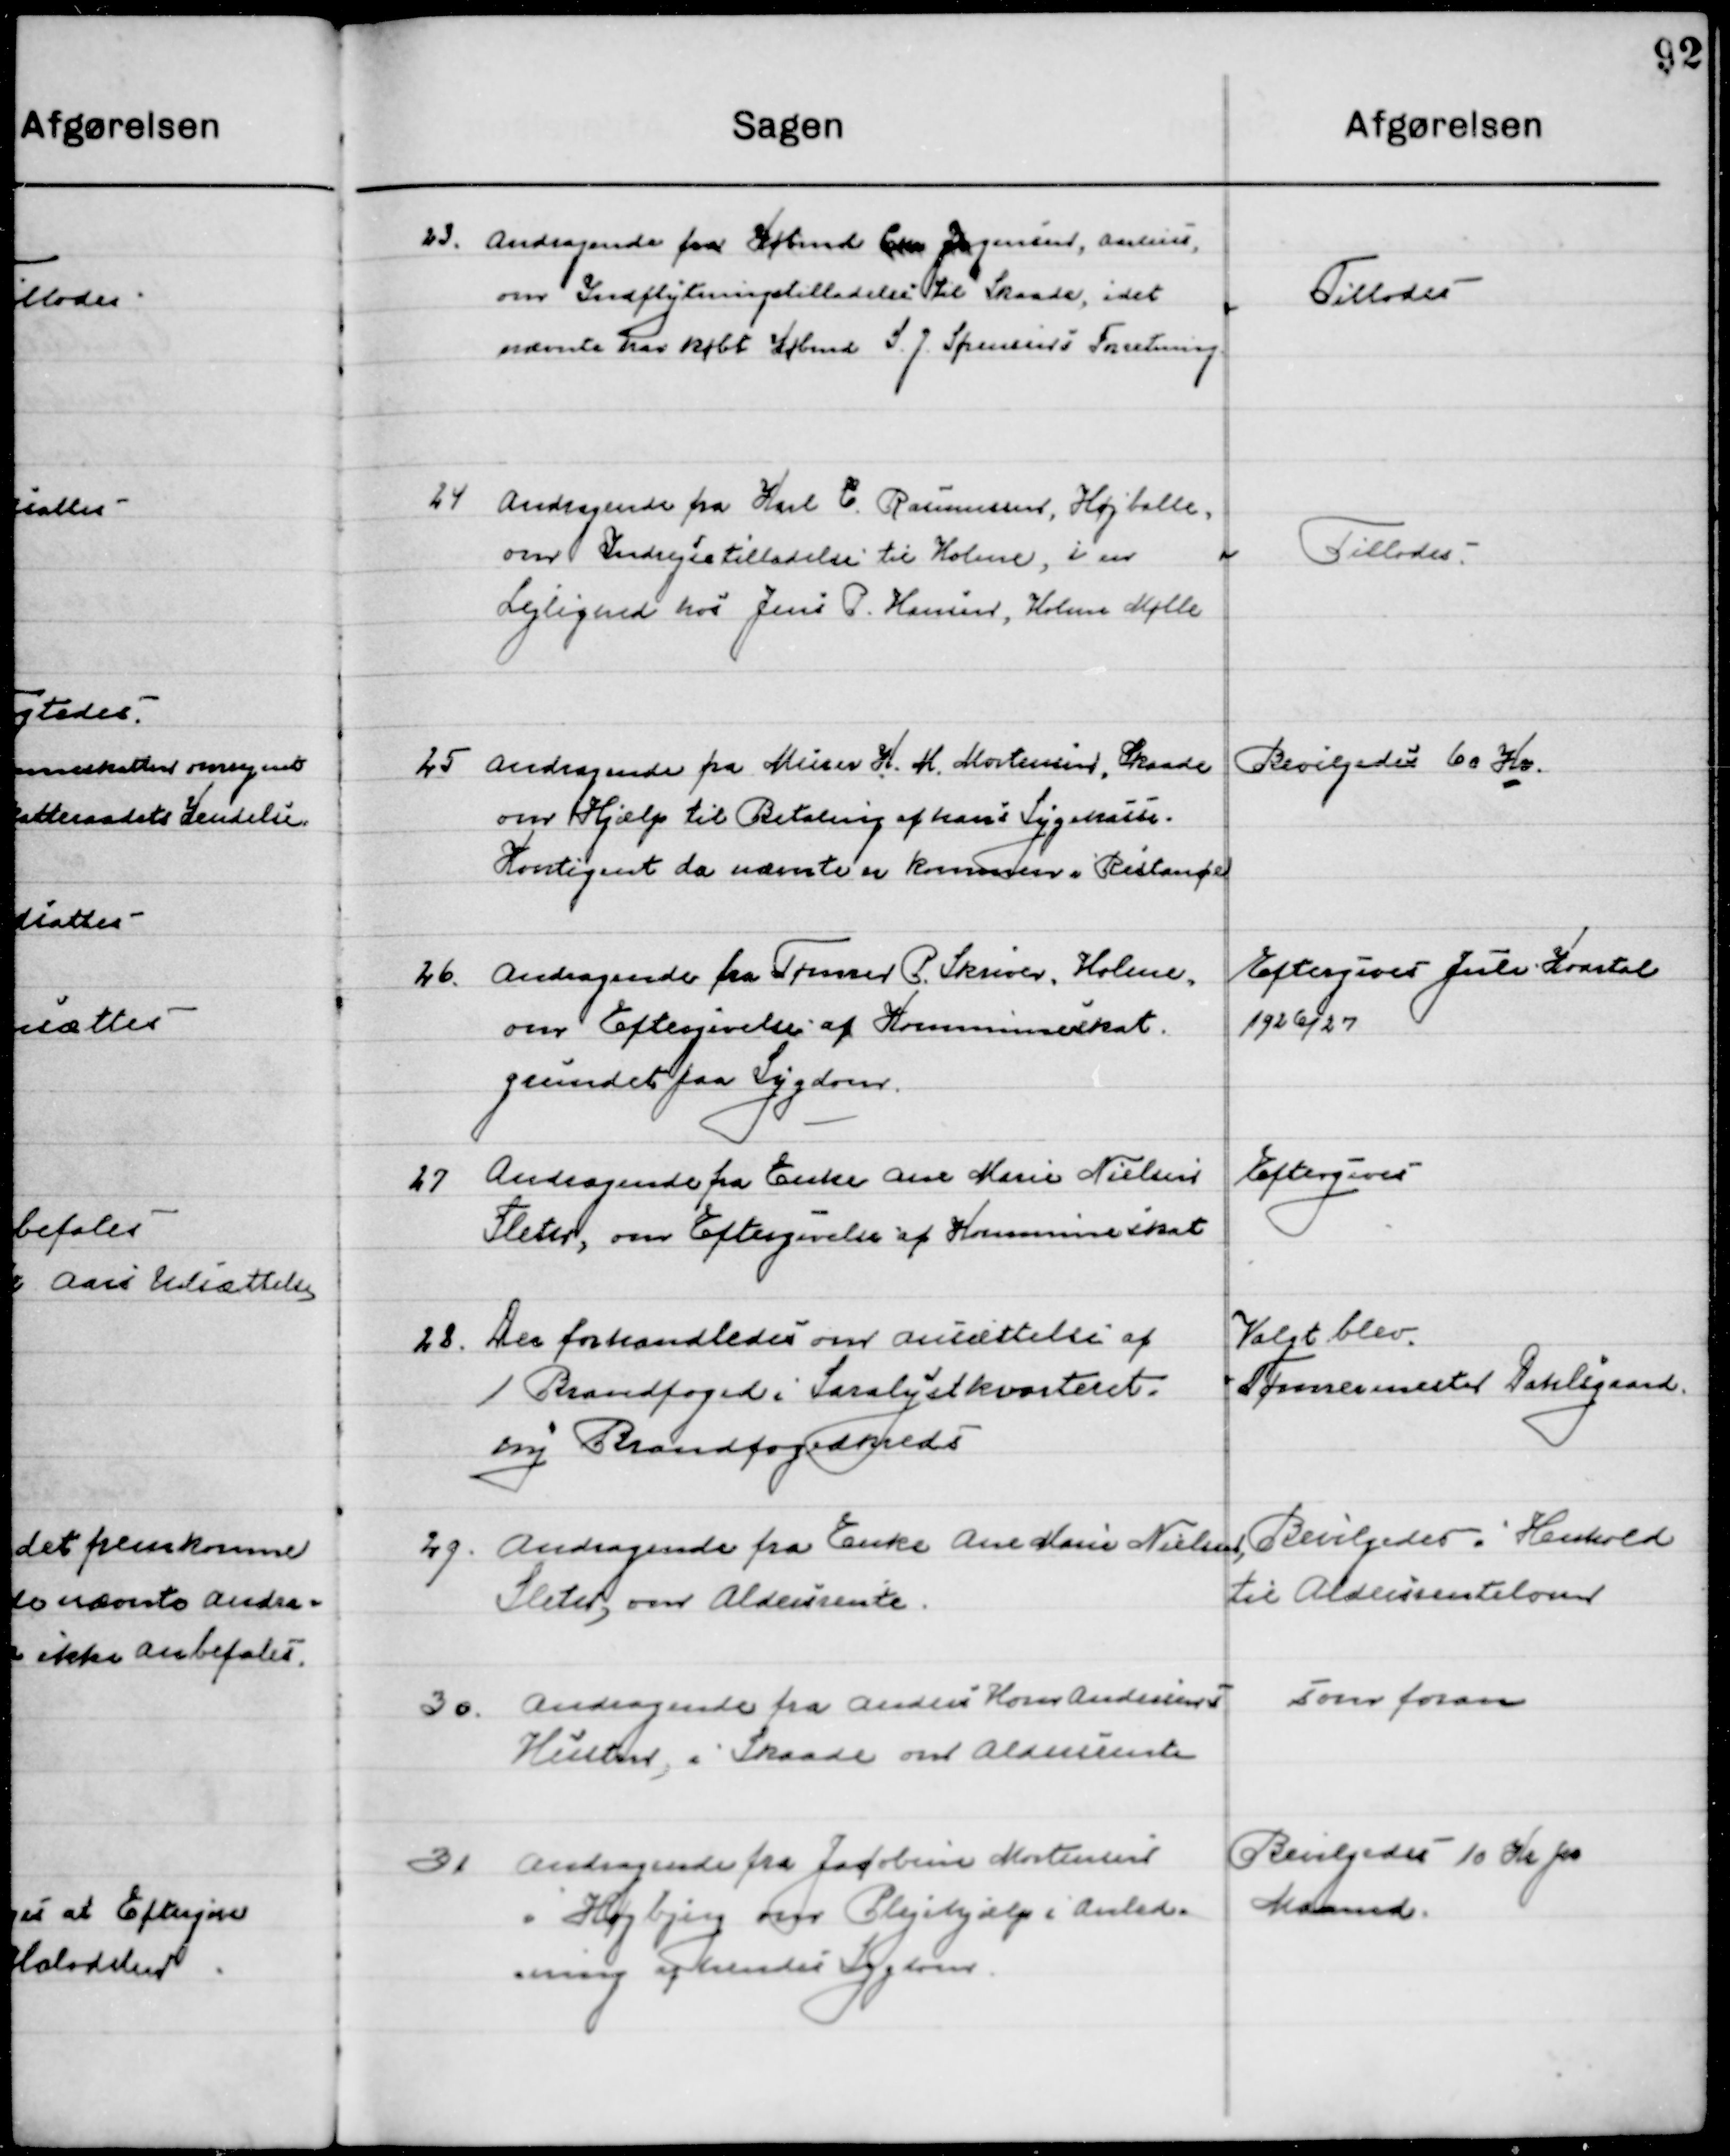
Transskription:
23

Andragende fra Købmd. Chr. Jørgensen, Aarhus t 
om Indrejsetilladelse til Skaade, ide
nævnte har købt Købmd. S. J. Spensers Forretning

Tillodes

24

Andragende fra Karl C. Rasmussen, Højballe,
om Indrejsetilladelse til Holme, i en
Lejlighed hos Jens P. Hansen, Holme Mølle

Tillodes

25

Andragende fra Murer K. M. Mortensen, Skaade
om Hjælp til Betaling af hans Sygekasse- 
kontingent da nævnte er kommet i Restance

Bevilgedes 60 Kr.

26

Andragende fra Tømrer P. Skive, Holme
om Eftergivelse af Kommuneskat 
grundt paa Sygdom

Eftergives Juli Kvartal
1926/27

27

Andragende fra Enke Ane Marie Nielsen 
Sleter, om Eftergivelse af Kommuneskat

Eftergives

28

Der forhandledes om ansættelse af
1 Brandfoged i Saralyst kvarteret.
ny Brandfogedkreds.

Valgt blev
Tømmermester Dahlgaard

29

Andragende fra Enke Ane Marie Nielsen,
Sleter, om Aldersrente

Bevilgedes i henhold
til Aldersrenteloven

30

Andragende fra Anders Kom Andersen 
Hustru, Skaade om Aldersrente

Som foran

31

Andragende fra Jacobine Mortensen
Højbjerg om Plejehjælp i Anled-
ning af hendes Sygdom

Bevilgedes 10 Kr. pr.
Maaned